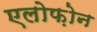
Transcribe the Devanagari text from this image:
एलोफ़ोन